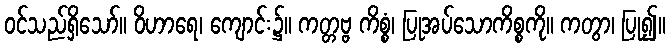
ဝင်သည်ရှိသော်။ ဝိဟာရေ၊ ကျောင်း၌။ ကတ္တဗ္ဗ ကိစ္စံ၊ ပြုအပ်သောကိစ္စကို။ ကတွာ၊ ပြု၍။